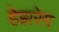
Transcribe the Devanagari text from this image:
हेझरेग